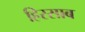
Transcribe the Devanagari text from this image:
हिस्साब